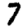
Digit: 7